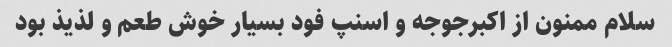
سلام ممنون از اکبرجوجه و اسنپ فود بسیار خوش طعم و لذیذ بود